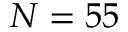
N = 5 5